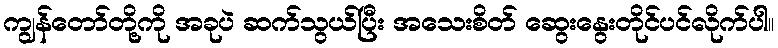
ကျွန်တော်တို့ကို အခုပဲ ဆက်သွယ်ပြီး အသေးစိတ် ဆွေးနွေးတိုင်ပင်လိုက်ပါ။